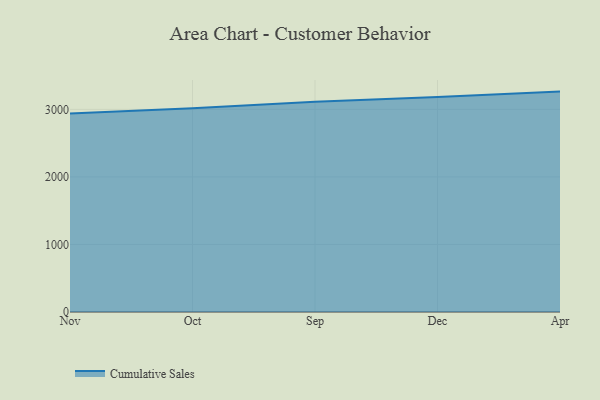
{"axis": {"x": "Month", "y": "Humidity (%)"}, "legend": ["Cumulative Sales"], "data": [{"x": "Nov", "y": 2939.8, "type": "Cumulative Sales"}, {"x": "Oct", "y": 3017.8, "type": "Cumulative Sales"}, {"x": "Sep", "y": 3114.2, "type": "Cumulative Sales"}, {"x": "Dec", "y": 3181.9, "type": "Cumulative Sales"}, {"x": "Apr", "y": 3263.4, "type": "Cumulative Sales"}]}